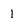
Character: 1